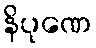
နိပုဏေ